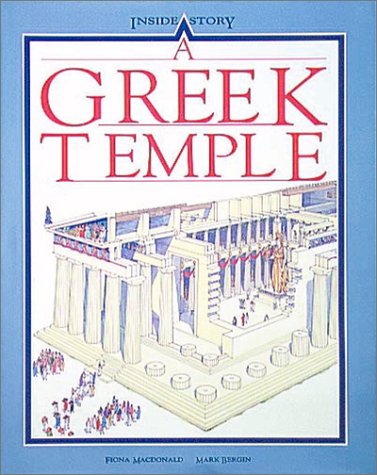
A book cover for A Greek Temple; Fiona Macdonald; Teen & Young Adult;